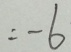
= - 6